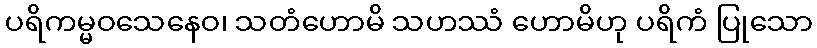
ပရိကမ္မဝသေနေဝ၊ သတံဟောမိ သဟဿံ ဟောမိဟု ပရိကံ ပြုသော